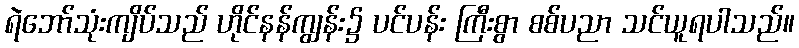
ရဲဘော်သုံးကျိပ်သည် ဟိုင်နန်ကျွန်း၌ ပင်ပန်း ကြီးစွာ စစ်ပညာ သင်ယူရပါသည်။